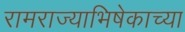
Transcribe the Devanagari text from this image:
रामराज्याभिषेकाच्या